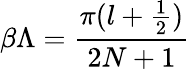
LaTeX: \beta\Lambda=\frac{\pi(l+\frac{1}{2})}{2N+1}